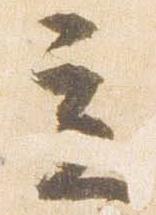
立